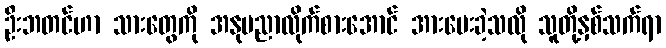
ဦးဘတင်ဟာ သားတွေကို အနုပညာလိုက်စားအောင် အားပေးခဲ့သလို သူတို့နှစ်သက်ရာ